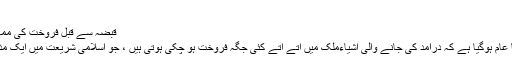
[17]
قبضہ سے قبل فروخت کی ممانعت کی علّت
یہ عمل آج اتنا عام ہوگیا ہے کہ درآمد کی جانے والی اشیاءملک میں آتے آتے کئی جگہ فروخت ہو چکی ہوتی ہیں ، جو اسلامی شریعت میں ایک مذموم عمل ہے۔